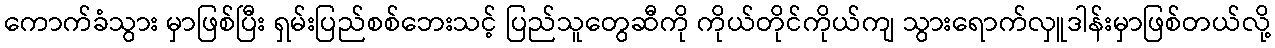
ကောက်ခံသွား မှာဖြစ်ပြီး ရှမ်းပြည်စစ်ဘေးသင့် ပြည်သူတွေဆီကို ကိုယ်တိုင်ကိုယ်ကျ သွားရောက်လှူဒါန်းမှာဖြစ်တယ်လို့